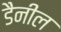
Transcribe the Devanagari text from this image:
डैनील